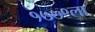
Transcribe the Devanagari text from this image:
१७७९ला